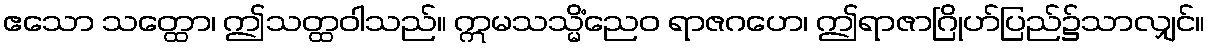
ဧသော သတ္ထော၊ ဤသတ္ထဝါသည်။ ဣမသသ္မိံညေဝ ရာဇဂဟေ၊ ဤရာဇာဂြိုဟ်ပြည်၌သာလျှင်။